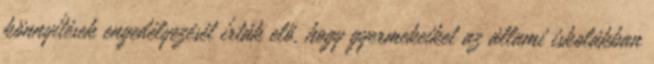
könnyítések engedélyezését írták elő, hogy gyermekeiket az állami iskolákban